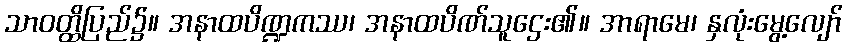
သာဝတ္ထိပြည်၌။ အနာထပိဏ္ဍကဿ၊ အနာထပိဏ်သူဌေး၏။ အာရာမေ၊ နှလုံးမွေ့လျော်